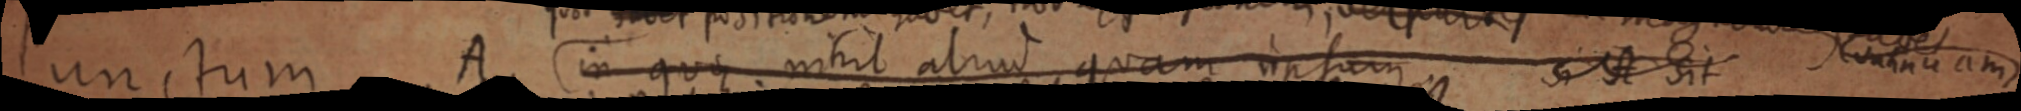
Punctum. A in quoque nihil aliud, quam ipsum si est sit Nontiuan